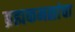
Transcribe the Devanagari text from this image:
ब्रह्मकमळांचा